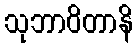
သုဘာဝိတာနိ